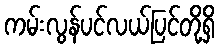
ကမ်းလွန်ပင်လယ်ပြင်တို့ရှိ